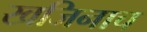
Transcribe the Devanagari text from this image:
खजिनाच